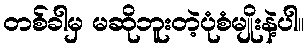
တစ်ခါမှ မဆိုဘူးတဲ့ပုံစံမျိုးနဲ့ပါ။